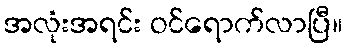
အလုံးအရင်း ဝင်ရောက်လာပြီ။